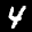
Label: 4